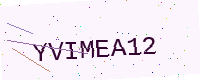
Text: YVIMEA12